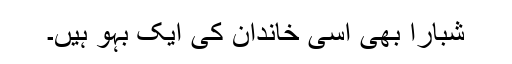
شبارا بھی اسی خاندان کی ایک بہو ہیں۔